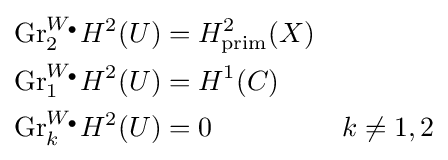
{\begin{aligned}{\text{Gr}}_{2}^{W_{\bullet }}H^{2}(U)&=H_{\text{prim}}^{2}(X)\\{\text{Gr}}_{1}^{W_{\bullet }}H^{2}(U)&=H^{1}(C)\\{\text{Gr}}_{k}^{W_{\bullet }}H^{2}(U)&=0&k\neq 1,2\end{aligned}}